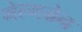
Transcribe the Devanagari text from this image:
मेल्मग्रेन